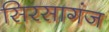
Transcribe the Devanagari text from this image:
सिरसागंज